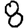
Digit: 8